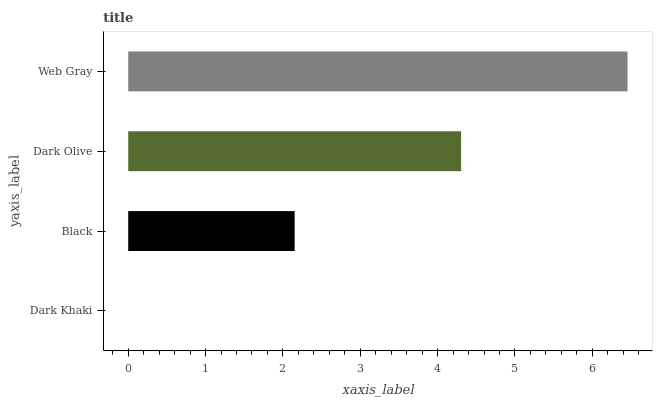
| yaxis_label | bars |
 | --- | --- |
 | Dark Khaki | 0 |
 | Black | 2.15 |
 | Dark Olive | 4.3 |
 | Web Gray | 6.46 |